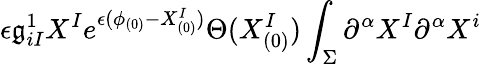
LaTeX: \epsilon\mathfrak{g}_{iI}^{1}X^{I}e^{\epsilon(\phi_{(0)}-X_{(0)}^{I})}\Theta(X_{(0)}^{I})\int_{\Sigma}\partial^{\alpha}X^{I}\partial^{\alpha}X^{i}